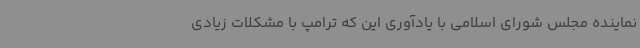
نماینده مجلس شورای اسلامی با یادآوری این که ترامپ با مشکلات زیادی